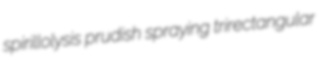
spirillolysis prudish spraying trirectangular